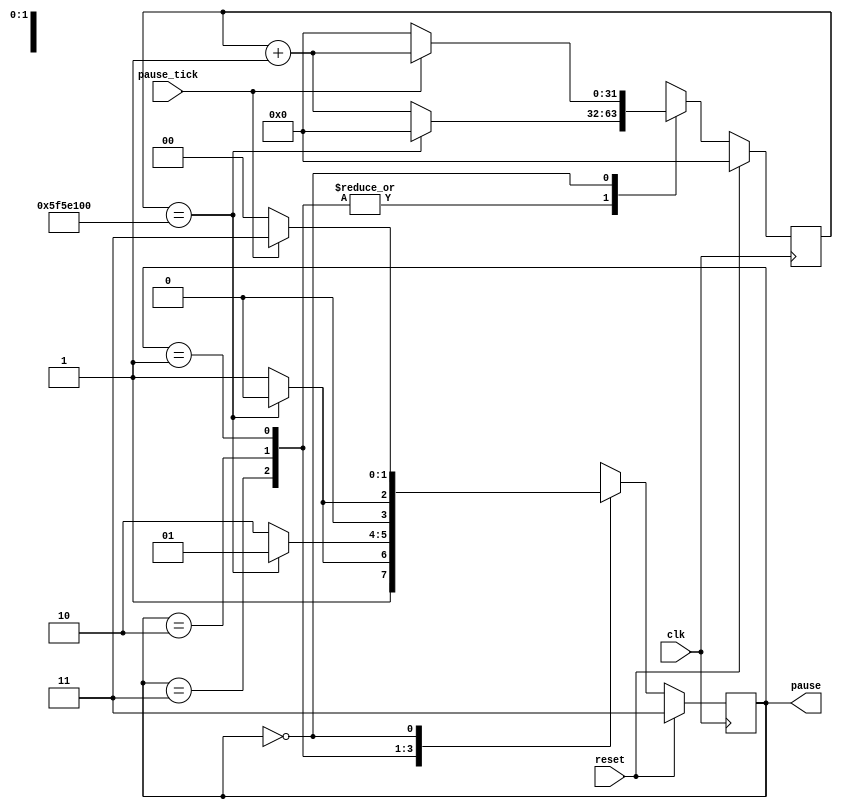
`timescale 1ns / 1ps
//////////////////////////////////////////////////////////////////////////////////
// 
// 
// Module Name: PSM
// 
// Description: The Pause State Machine initiates a pause countdown for 3 
// seconds when activated.
// 
// 
//////////////////////////////////////////////////////////////////////////////////


module PSM(clk,reset,pause_tick,pause);
    input clk, reset;
    input pause_tick;
    
    output [1:0] pause;
    
    
    //Count Down FSM States
    parameter P0 = 0;           //no pause
    parameter P3 = 3;           //begin pause (display 3)
    parameter P2 = 2;           //display 2
    parameter P1 = 1;           //display 1
    
    
    reg [1:0] state_reg, state_next;
    reg [31:0] pause_clk, pause_clk_next;
    
    
    
    //1-Tick Buffer
    always @ (posedge clk)
        begin
        if (reset)
            begin
            state_reg <= P3;
            pause_clk <= 0;
            end
        else
            begin
            state_reg <= state_next;
            pause_clk <= pause_clk_next;
            end
        end
    
    
    //State Machine
    always @*
        case (state_reg)
            P3: begin
                if (pause_clk == 100_000_000)       //pause for 1 second in 100MHz clock
                    begin
                    state_next = P2;
                    pause_clk_next = 0;
                    end
                else
                    begin
                    state_next = P3;
                    pause_clk_next = pause_clk + 1;
                    end
                end
                
            P2: begin
                if (pause_clk == 100_000_000)       //pause for 1 second in 100MHz clock
                    begin
                    state_next = P1;
                    pause_clk_next = 0;
                    end
                else
                    begin
                    state_next = P2;
                    pause_clk_next = pause_clk + 1;
                    end
                end
                
            P1: begin
                if (pause_clk == 100_000_000)       //pause for 1 second in 100MHz clock
                    begin
                    state_next = P0;
                    pause_clk_next = 0;
                    end
                else
                    begin
                    state_next = P1;
                    pause_clk_next = pause_clk + 1;
                    end
                end
                
            P0: begin
                if (pause_tick)
                    begin
                    state_next = P3;
                    pause_clk_next = pause_clk + 1;
                    end
                else
                    begin
                    state_next = P0;
                    pause_clk_next = 0;
                    end
                end
                    
            default: begin
                state_next = P0;
                pause_clk_next = 0;
                end
        endcase
    
    
    //output
    assign pause = state_reg;
    
    
endmodule